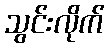
သွင်းလိုက်